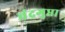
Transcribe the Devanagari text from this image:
चंद्रगुप्ता